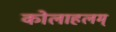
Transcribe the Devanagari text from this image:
कोलाहलम्